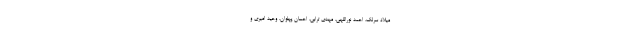
میلاد سرلک، احمد نوراللهی، مهدی ترابی، احسان پهلوان، وحید امیری و